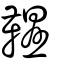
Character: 韅